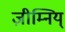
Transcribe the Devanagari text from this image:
ज़ीम्निय्